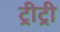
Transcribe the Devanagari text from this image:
ट्रीट्री